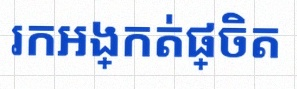
រកអង្កត់ផ្ចិត